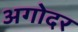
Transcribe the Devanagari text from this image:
अगोदर